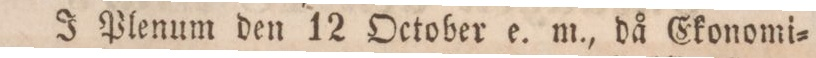
J Plenum den 12 October e. m., då Ekonomi=